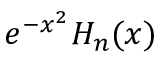
e ^ { - x ^ { 2 } } H _ { n } ( x )